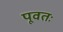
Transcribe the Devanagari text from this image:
पूवतः